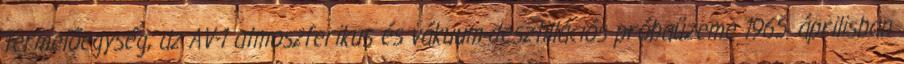
termelőegység, az AV-1 atmoszferikus és vákuum-desztillációs próbaüzeme 1965. áprilisban